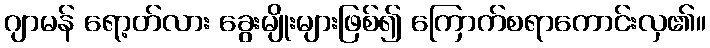
ဂျာမန် ရော့တ်လား ခွေးမျိုးများဖြစ်၍ ကြောက်စရာကောင်းလှ၏။